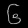
Digit: ၆